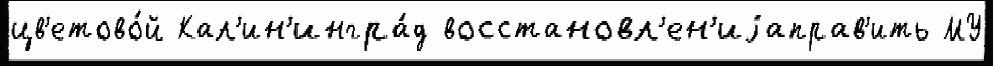
цв'етово́й Кал'ин'ингра́д восстановл'ен'иjаправ'ить МУ